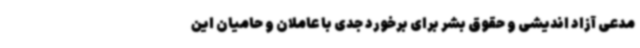
مدعی آزاد اندیشی و حقوق بشر برای برخورد جدی با عاملان و حامیان این